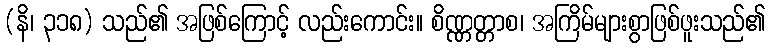
(နိ၊ ၃၁၈) သည်၏ အဖြစ်ကြောင့် လည်းကောင်း။ စိဏ္ဏတ္တာစ၊ အကြိမ်များစွာဖြစ်ဖူးသည်၏